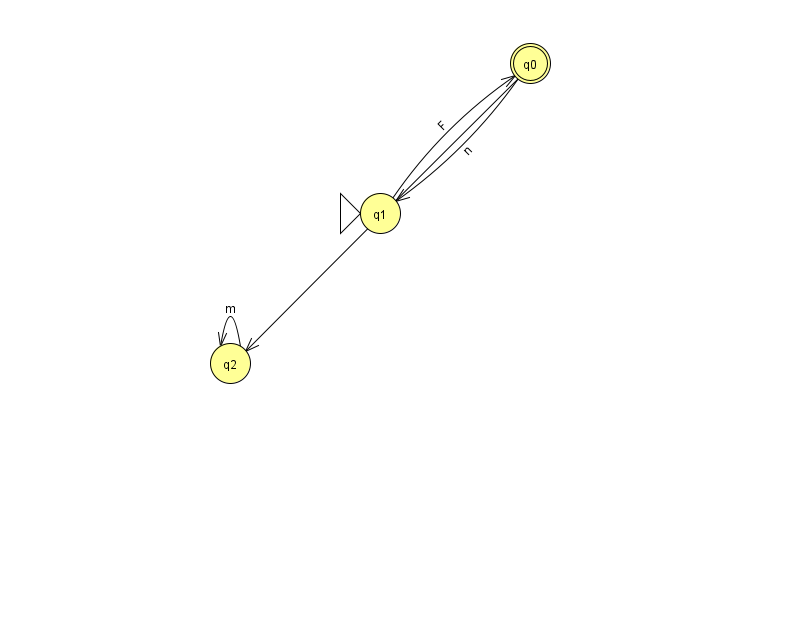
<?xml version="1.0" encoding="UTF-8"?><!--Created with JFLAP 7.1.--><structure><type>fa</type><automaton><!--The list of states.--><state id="0" name="q0"><x>530.0</x><y>50.0</y><final/></state><state id="1" name="q1"><x>380.0</x><y>200.0</y><initial/></state><state id="2" name="q2"><x>230.0</x><y>350.0</y></state><!--The list of transitions.--><transition><from>0</from><to>2</to><read>L</read></transition><transition><from>1</from><to>0</to><read>F</read></transition><transition><from>0</from><to>1</to><read>n</read></transition><transition><from>2</from><to>2</to><read>m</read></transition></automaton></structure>